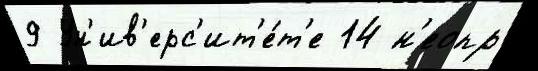
9 Ун'ив'ерс'ит'е́т'е 14 н'еопр